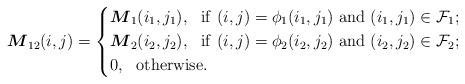
LaTeX: \begin{align*}\boldsymbol{M}_{12}(i,j)=\left \{\begin {aligned}&\boldsymbol{M}_{1}(i_1,j_1),~~{\rm if}\ (i,j)=\phi_1(i_1,j_1) ~{\rm and}\ (i_1,j_1)\in {\mathcal F}_1;\\&\boldsymbol{M}_{2}(i_2,j_2),~~{\rm if}\ (i,j)=\phi_2(i_2,j_2) ~{\rm and}\ (i_2,j_2)\in {\mathcal F}_2;\\&0,~~{\rm otherwise}.\end {aligned}\right.\end{align*}